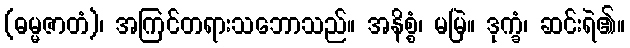
(ဓမ္မဇာတံ)၊ အကြင်တရားသဘောသည်။ အနိစ္စံ၊ မမြဲ။ ဒုက္ခံ၊ ဆင်းရဲ၏။